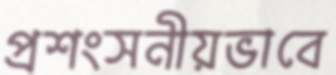
প্রশংসনীয়ভাবে